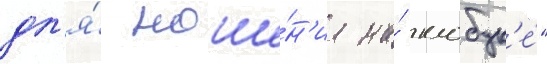
дл'я́ ноше́н'иа на́ клобук'е́"